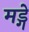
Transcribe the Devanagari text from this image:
मड्गे